Civil Veterinary Department Bengal reports 1933-51 - 1933-1951
Year: 1933
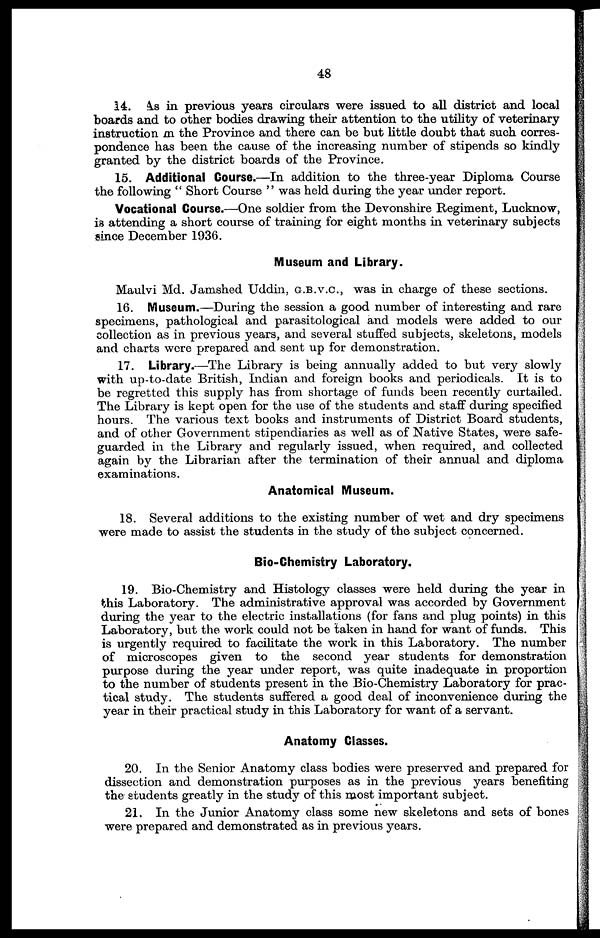
48
14. As in previous years circulars were issued to all district and local
boards and to other bodies drawing their attention to the utility of veterinary
instruction m the Province and there can be but little doubt that such corres-
pondence has been the cause of the increasing number of stipends so kindly
granted by the district boards of the Province.
15. Additional Gourse.—In addition to the three-year Diploma Course
the following " Short Course " was held during the year under report.
Vocational Course.—One soldier from the Devonshire Regiment, Lucknow,
is attending a short course of training for eight months in veterinary subjects
since December 1936.
Museum and Library.
Maulvi Md. Jamshed Uddin, G.B.V.C., was in charge of these sections.
16. Museum.—During the session a good number of interesting and rare
specimens, pathological and parasitological and models were added to our
collection as in previous years, and several stuffed subjects, skeletons, models
and charts were prepared and sent up for demonstration.
17. Library.—The Library is being annually added to but very slowly
with up-to-date British, Indian and foreign books and periodicals. It is to
be regretted this supply has from shortage of funds been recently curtailed.
The Library is kept open for the use of the students and staff during specified
hours. The various text books and instruments of District Board students,
and of other Government stipendiaries as well as of Native States, were safe-
guarded in the Library and regularly issued, when required, and collected
again by the Librarian after the termination of their annual and diploma
examinations.
Anatomical Museum.
18. Several additions to the existing number of wet and dry specimens
were made to assist the students in the study of the subject concerned.
Bio-Chemistry Laboratory.
19. Bio-Chemistry and Histology classes were held during the year in
this Laboratory. The administrative approval was accorded by Government
during the year to the electric installations (for fans and plug points) in this
Laboratory, but the work could not be taken in hand for want of funds. This
is urgently required to facilitate the work in this Laboratory. The number
of microscopes given to the second year students for demonstration
purpose during the year under report, was quite inadequate in proportion
to the number of students present in the Bio-Chemistry Laboratory for prac-
tical study. The students suffered a good deal of inconvenience during the
year in their practical study in this Laboratory for want of a servant.
Anatomy Classes.
20. In the Senior Anatomy class bodies were preserved and prepared for
dissection and demonstration purposes as in the previous years benefiting
the students greatly in the study of this most important subject.
21. In the Junior Anatomy class some new skeletons and sets of bones
were prepared and demonstrated as in previous years.